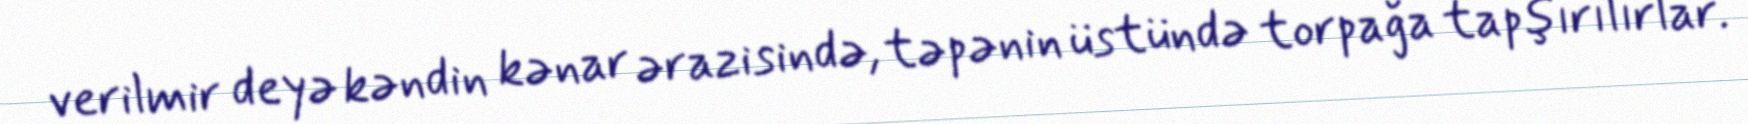
verilmir deyə kəndin kənar ərazisində, təpənin üstündə torpağa tapşırılırlar.